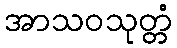
အာသဝသုတ္တံ